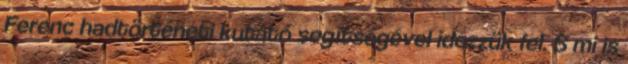
Ferenc hadtörténeti kutató segítségével idézzük fel. S mi is